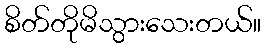
စိတ်တိုမိသွားသေးတယ်။